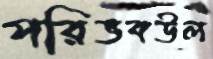
পরিভবউল